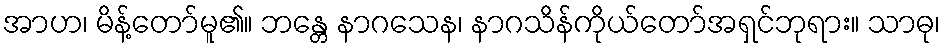
အာဟ၊ မိန့်တော်မူ၏။ ဘန္တေ နာဂသေန၊ နာဂသိန်ကိုယ်တော်အရှင်ဘုရား။ သာဓု၊